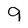
Character: 9